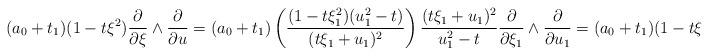
LaTeX: \begin{align*}(a_0+t_1)(1-t\xi^2)\frac{\partial}{\partial \xi}\wedge \frac{\partial}{\partial u}=(a_0+t_1)\left(\frac{(1-t\xi_1^2)(u_1^2-t)}{(t\xi_1+u_1)^2}\right)\frac{(t\xi_1+u_1)^2}{u_1^2-t}\frac{\partial}{\partial \xi_1}\wedge \frac{\partial}{\partial u_1}=(a_0+t_1)(1-t\xi_1^2)\frac{\partial}{\partial \xi_1}\wedge \frac{\partial}{\partial u_1}\end{align*}